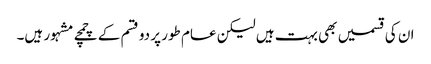
ان کی قسمیں بھی بہت ہیں لیکن عام طور پر دو قسم کے چمچے مشہور ہیں۔